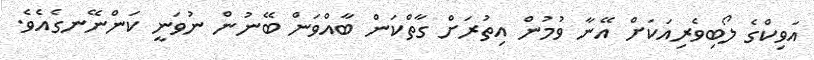
އަވިކްގެ ލޯބިވެރިއަކަށް އޭނާ ވުމުން އިތުރަށް ގާތްކަން ބާއްވަން ބޭނުން ނުވަނީ ކަންނޭނގެއެވެ.